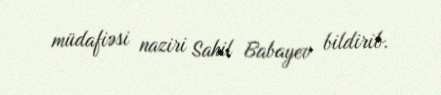
müdafiəsi naziri Sahil Babayev bildirib.